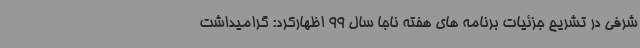
شرفی در تشریح جزئیات برنامه های هفته ناجا سال 99 اظهارکرد: گرامیداشت